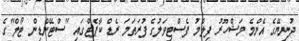
ދުނިޔޭގެ އެންމެ މަޝްހޫރު ފިލްމު ފެސްޓިވަލުގެ ފުރަތަމަ ރެޑް ކާޕެޓްގައި "ސްޓޭންޑިން ޓޯލް"ގެ